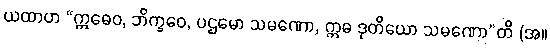
ယထာဟ “ဣဓေဝ, ဘိက္ခဝေ, ပဌမော သမဏော, ဣဓ ဒုတိယော သမဏော”တိ (အ။